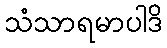
သံသာရမာပါဒိ